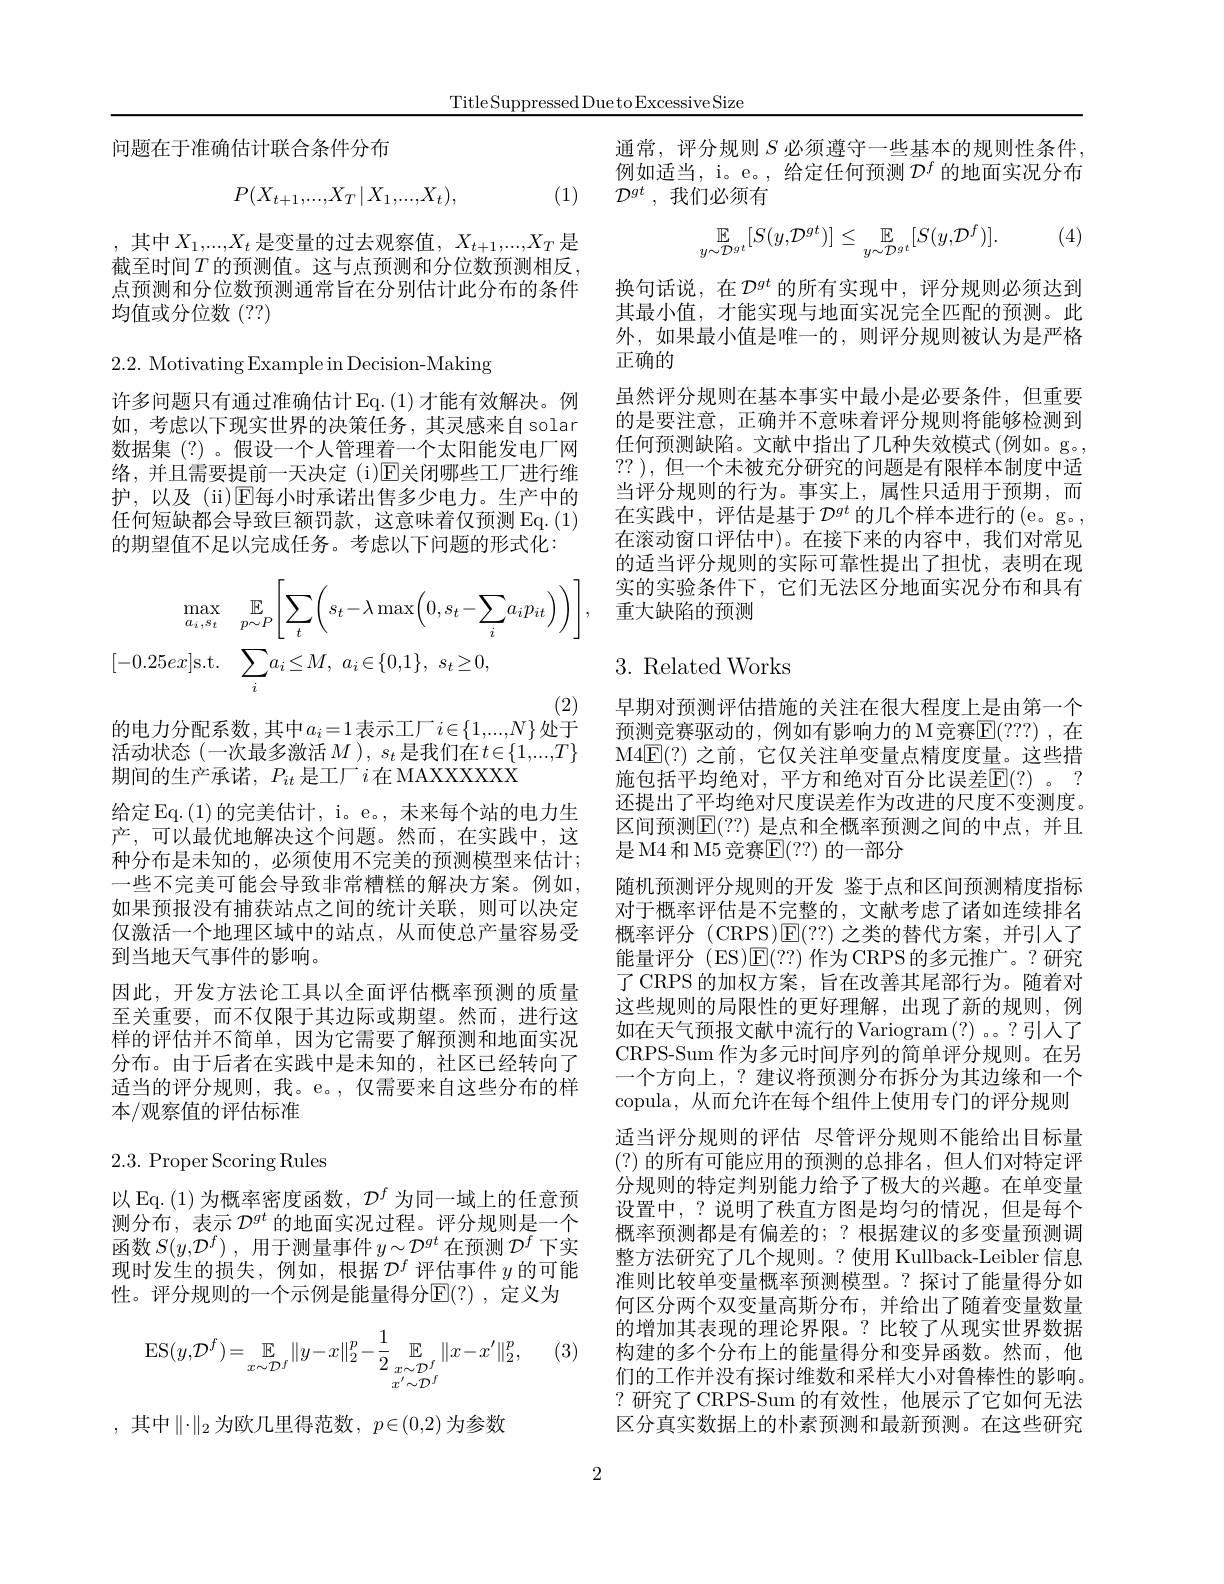
Title Suppressed Due to Excessive Size

问题在于准确估计联合条件分布

(1)
$$P(X_{t+1},...,X_T\:|\:X_1,...,X_t),$$
,其中 $X_1,...,X_t$ 是变量的过去观察值$,X_t+1,...,X_T$ 是截至时间$T$的预测值。这与点预测和分位数预测相反， 点预测和分位数预测通常旨在分别估计此分布的条件均值或分位数(??)

2.2. Motivating Example in Decision-Making

许多问题只有通过准确估计 Eq.(1)才能有效解决。例如，考虑以下现实世界的决策任务，其灵感来自 solar 数据集(?)。假设一个人管理着一个太阳能发电厂网络，并且需要提前一天决定(i)$\mathbb{E}$关闭哪些工厂进行维护，以及(ii)$\operatorname{E}$每小时承诺出售多少电力。生产中的任何短缺都会导致巨额罚款，这意味着仅预测Eq.(1) 的期望值不足以完成任务。考虑以下问题的形式化：
$$\begin{aligned}\max_{a_{i},s_{t}}&\mathbb{E}_{p\sim P}\bigg[\sum_{t}\bigg(s_{t}-\lambda\max\bigg(0,s_{t}-\sum_{i}a_{i}p_{it}\bigg)\bigg)\bigg],\\[-0.25ex]\mathrm{s.t.}&\sum_{i}a_{i}\leq M,\:a_{i}\in\{0,1\},\:s_{t}\geq0,\end{aligned}$$
的电力分配系数，其中$a_i=1$表示工厂$i\in\{1,...,N\}$处于活动状态(一次最多激活$M),s_t$是我们在$t\in\{1,...,T\}$ 期间的生产承诺，$P_it$是工厂$i$在 MAXXXXXX
给定 Eq.(1)的完美估计，i。e。, 未来每个站的电力生产，可以最优地解决这个问题。然而，在实践中，这种分布是未知的，必须使用不完美的预测模型来估计； 一些不完美可能会导致非常糟糕的解决方案。例如， 如果预报没有捕获站点之间的统计关联，则可以决定仅激活一个地理区域中的站点，从而使总产量容易受到当地天气事件的影响。
因此，开发方法论工具以全面评估概率预测的质量至关重要，而不仅限于其边际或期望。然而，进行这样的评估并不简单，因为它需要了解预测和地面实况分布。由于后者在实践中是未知的，社区已经转向了适当的评分规则，我。e。,仅需要来自这些分布的样本/观察值的评估标准

# 2.3. Proper Scoring Rules

以 Eq. (1)为概率密度函数，$\mathcal{D}^f$为同一域上的任意预测分布，表示$\mathcal{D}^gt$的地面实况过程。评分规则是一个函数$S( y, \mathcal{D} ^f)$ ,用于测量事件$y\sim\mathcal{D}^gt$在预测$\mathcal{D}^f$下实现时发生的损失，例如，根据$\mathcal{D}^f$评估事件$y$的可能性。评分规则的一个示例是能量得分$\mathbb{E}(?)$,定义为

(3)
$$\operatorname{ES}(y,\mathcal{D}^f)=\underset{x\sim\mathcal{D}^f}{\mathbb{E}}\|y-x\|_2^p-\frac{1}{2}\underset{x\sim\mathcal{D}^f}{\mathbb{E}}_{x^{'}\sim\mathcal{D}^f}\|x-x^{\prime}\|_2^p,$$
,其中$\|\cdot\|_2$为欧几里得范数$,p\in(0,2)$ 为参数

通常，评分规则$S$必须遵守一些基本的规则性条件例如适当，i。e。, 给定任何预测$\mathcal{D}^f$的地面实况分布$\mathcal{D} ^{gt}$ ,我们必须有

(4)
$$\mathbb{E}_{y\sim\mathcal{D}^{gt}}[S(y,\mathcal{D}^{gt})]\leq\mathbb{E}_{y\sim\mathcal{D}^{gt}}[S(y,\mathcal{D}^{f})].$$
换句话说，在$\mathcal{D}^gt$ 的所有实现中，评分规则必须达到其最小值，才能实现与地面实况完全匹配的预测。此外，如果最小值是唯一的，则评分规则被认为是严格正确的
虽然评分规则在基本事实中最小是必要条件，但重要的是要注意，正确并不意味着评分规则将能够检测到任何预测缺陷。文献中指出了几种失效模式(例如。g。, ?? ),但一个未被充分研究的问题是有限样本制度中适当评分规则的行为。事实上，属性只适用于预期，而在实践中，评估是基于$\mathcal{D}^gt$的几个样本进行的(e。g。, 在滚动窗口评估中)。在接下来的内容中，我们对常见的适当评分规则的实际可靠性提出了担忧，表明在现实的实验条件下，它们无法区分地面实况分布和具有重大缺陷的预测

# 3.Related Works

早期对预测评估措施的关注在很大程度上是由第一个预测竞赛驱动的，例如有影响力的 M竞赛$\mathbb{E}(???)$ ,在M4E(?)之前，它仅关注单变量点精度度量。这些措施包括平均绝对，平方和绝对百分比误差$\mathbb{E}(?)$。? 还提出了平均绝对尺度误差作为改进的尺度不变测度。区间预测$\mathbb{E}(??)$ 是点和全概率预测之间的中点，并且是 M4 和 M5 竞赛$\mathbb{E}(??)$ 的一部分
随机预测评分规则的开发 鉴于点和区间预测精度指标对于概率评估是不完整的，文献考虑了诸如连续排名概率评分 (CRPS)$\mathsf{E}(??)$之类的替代方案，并引人了能量评分 (ES)$\operatorname{E}(??)$作为 CRPS 的多元推广。?研究了 CRPS 的加权方案，旨在改善其尾部行为。随着对这些规则的局限性的更好理解，出现了新的规则，例如在天气预报文献中流行的 Variogram(?) 。。?引人了CRPS-Sum 作为多元时间序列的简单评分规则。在另一个方向上，? 建议将预测分布拆分为其边缘和一个copula, 从而允许在每个组件上使用专门的评分规则适当评分规则的评估 尽管评分规则不能给出目标量(?)的所有可能应用的预测的总排名，但人们对特定评分规则的特定判别能力给予了极大的兴趣。在单变量设置中，?说明了秩直方图是均匀的情况，但是每个概率预测都是有偏差的；?根据建议的多变量预测调整方法研究了几个规则。?使用 Kullback-Leibler 信息准则比较单变量概率预测模型。?探讨了能量得分如何区分两个双变量高斯分布，并给出了随着变量数量的增加其表现的理论界限。?比较了从现实世界数据构建的多个分布上的能量得分和变异函数。然而，他们的工作并没有探讨维数和采样大小对鲁棒性的影响。?研究了CRPS-Sum 的有效性，他展示了它如何无法区分真实数据上的朴素预测和最新预测。在这些研究

2